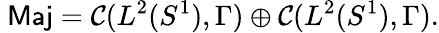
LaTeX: \mathrm{\sf~Maj}={\cal C}(L^{2}(S^{1}),\Gamma)\oplus{\cal C}(L^{2}(S^{1}),\Gamma).